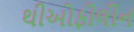
થીઓફીલીન